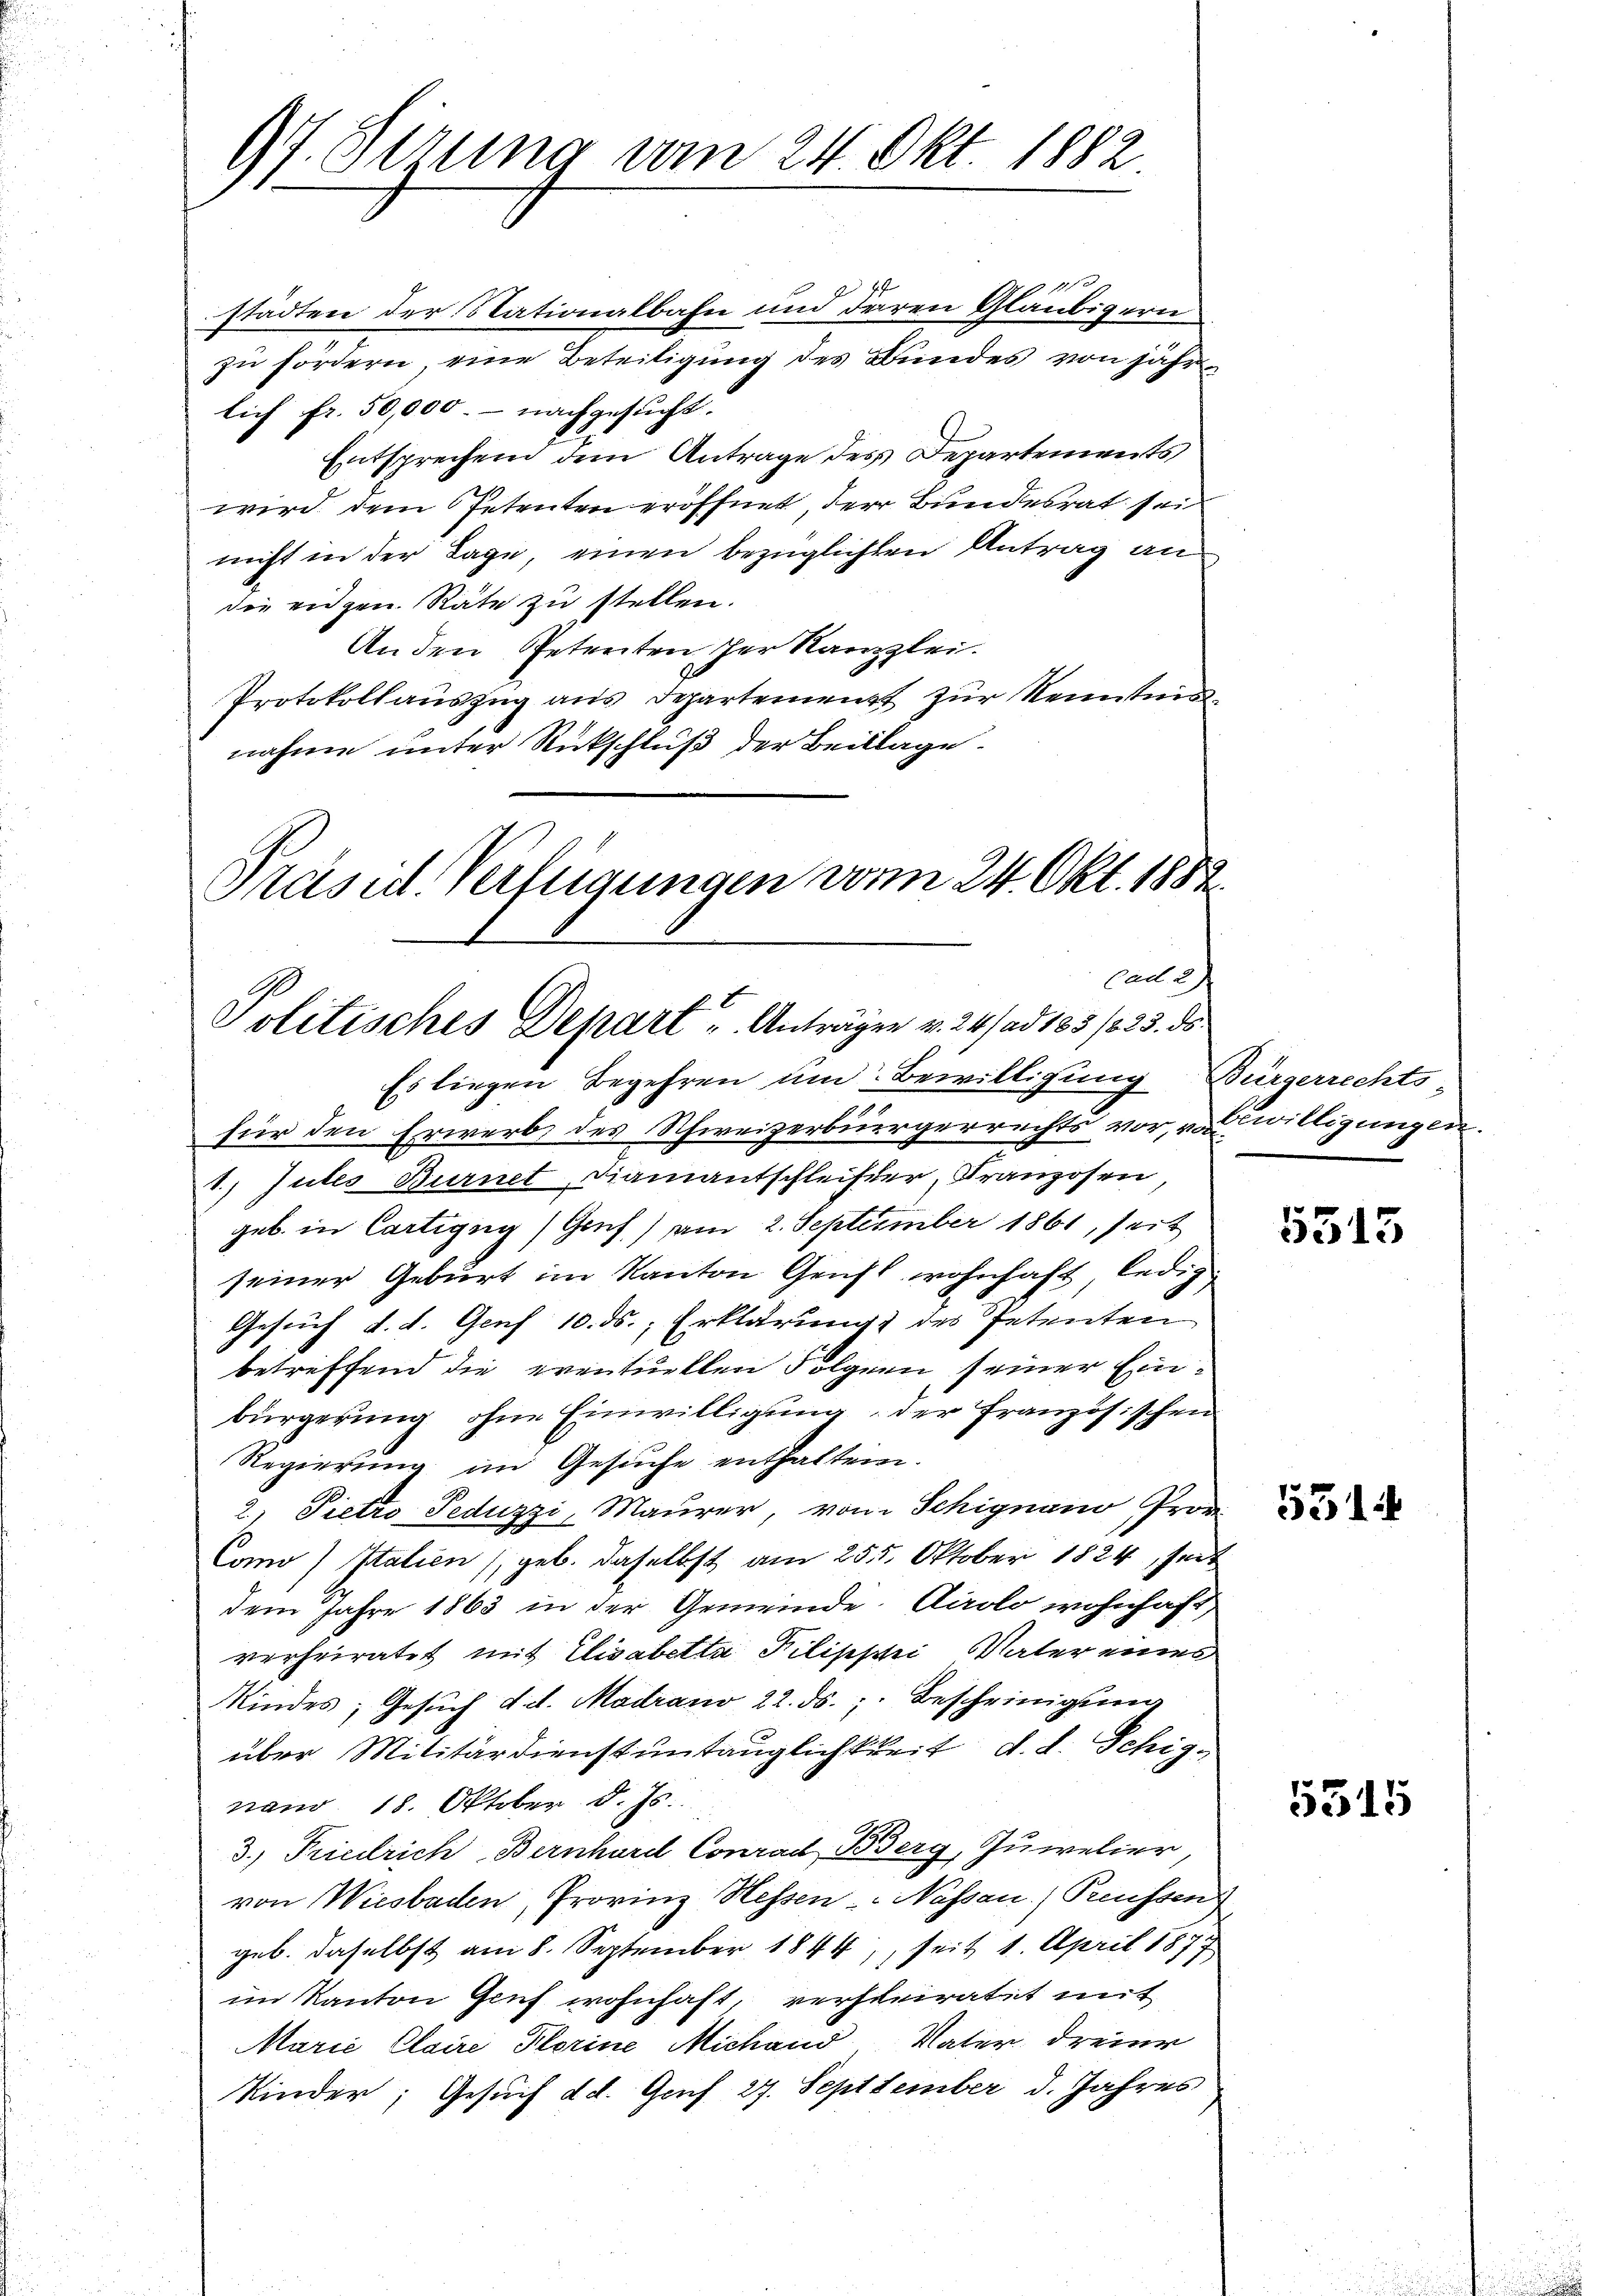
Rerung vom 24. Okt. 1882
S

11
städten der Nationalbahn und deren Gläubigern
zu fördern, eine Beteiligung des Bundes von jährlich fr. 50,000.- nachgesucht.
Entsprechend dem Antrage des Departements
wird dem Petenten eröffnet, der Bundesrat sei
nicht in der Lage, einen bezüglichten Antrag an
die eidgen. Räte zu stellen.
An den Petenten der Kanzlei.
Protokollaŭszŭg aŭs departement zŭr Kenntnisnahme unter Rückschluß der Beilage.

Präsid. Verfügungen vom 24. Okt. 1882.
Cad 2.
Politisches Depart u. Anträgen v. 24. ad 185 /25. ds

Es liegen Begehren um Bewilligung Bürgerrechts-
für den Erwerb des Schweizerbürgerrechts vor, von willigungen.
1.) Gutes Burnet Diamantschleifer, Franzosen,
geb. in Cartigug) Genf) am 2. September 1861, seit
seiner Geburt im Kanton Genft wohnhaft, ledig
Gesuch d. d. Genf 10. ds., Erklärung des Petenten
betreffend die eventuellen Folgern seiner Einbürgerung ohne Einwilligung der Französischen
Regierung im Gesŭche enthalten.
2) Pietro Peduzzi, Maurer, vom Schignano Pror
Como Italien (geb. daselbst am 255. Oktober 1824, seit
dem Jahre 1863 in der Gemeinde. Airolo wohnhaft
verheiratet mit Elisabetta Pilipphi Vater eines
Kindes; Gesuch d. d. Madrano 22. ds. ; Bescheinigung
über Militärdienstuntauglichkeit, d. d. Schignam 18. Oktober d. Js.
3.) Friedrich, Bernhard Conrad Berg, Juwelier
von Wiesbaden, Provinz Hessen. - Nassau) Preussen,
geb. daselbst am 8. September 1844, seit 1. April 1877
im Kanton Genf wohnhaft, verheiratet mit
Marić Claire Florine Michand Vater dreier
Kinder; Gesuch d. d. Genf 27. Septtember d. Jahres

5515

5314

5315